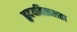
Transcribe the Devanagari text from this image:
हृदयविह्वलता